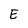
Character: E